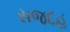
સજદહ